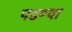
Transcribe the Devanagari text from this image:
पडण्या